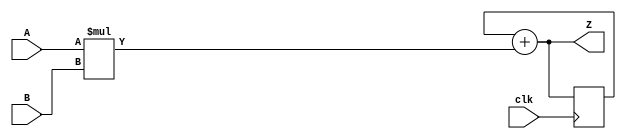
module macc_simple_preacc (
    input  wire        clk,
    input  wire [ 7:0] A,
    input  wire [ 7:0] B,
    output wire [15:0] Z
);
    reg [15:0] acc;
    assign Z = acc + (A * B);
    always @(posedge clk)
        acc <= Z;
endmodule